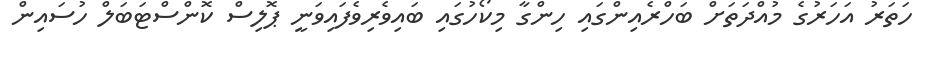
ހަތަރު އަހަރުގެ މުއްދަތަށް ބަހްރެއިންގައި ހިންގާ މިކޯހުގައި ބައިވެރިވެފައިވަނީ ޕޮލިސް ކޮންސްޓަބަލް ހުސައިން